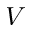
V